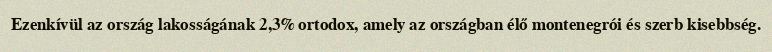
Ezenkívül az ország lakosságának 2,3% ortodox, amely az országban élő montenegrói és szerb kisebbség.